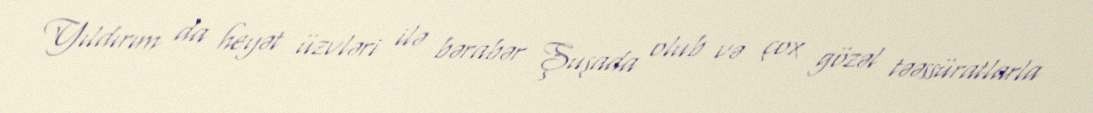
Yıldırım da heyət üzvləri ilə bərabər Şuşada olub və çox gözəl təəssüratlarla